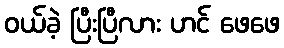
ဝယ်ခဲ့ ပြီးပြီလား ဟင် ဖေဖေ